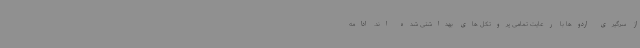
از سرگیری اردوها با رعایت تمامی پروتکل های بهداشتی شده اند. ادامه